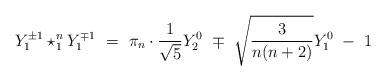
LaTeX: \begin{align*}Y_{1}^{\pm1}\star_{1}^{n}Y_{1}^{\mp1}\ =\ \pi_{n}\cdot\frac{1}{\sqrt{5}}Y_{2}^{0}\ \mp\ \sqrt{\frac{3}{n(n+2)}}Y_{1}^{0}\ -\ 1 \end{align*}